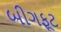
બીગફૂટ